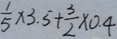
\frac { 1 } { 5 } \times 3 . 5 + \frac { 3 } { 2 } \times 0 . 4